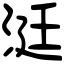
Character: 涏